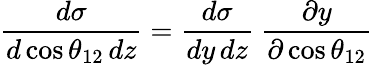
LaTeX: \frac{d\sigma}{d\cos\theta_{12}\, dz}=\frac{d\sigma}{dy\, dz}\ \frac{\partial y}{\partial\cos\theta_{12}}